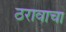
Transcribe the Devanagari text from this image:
ठरावाचा